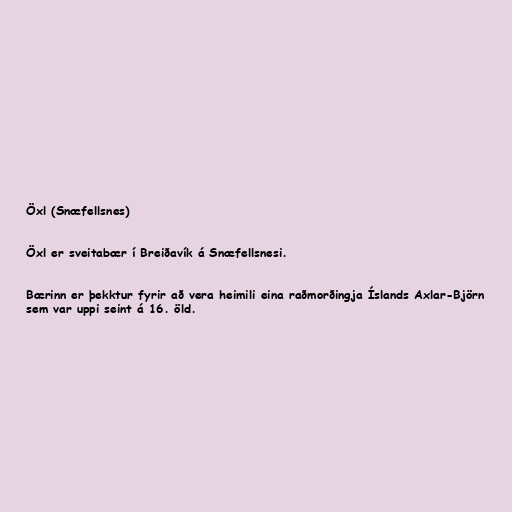
Öxl (Snæfellsnes)

Öxl er sveitabær í Breiðavík á Snæfellsnesi.

Bærinn er þekktur fyrir að vera heimili eina raðmorðingja Íslands Axlar-Björn
sem var uppi seint á 16. öld.